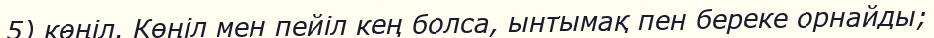
5) көңіл. Көңіл мен пейіл кең болса, ынтымақ пен береке орнайды;